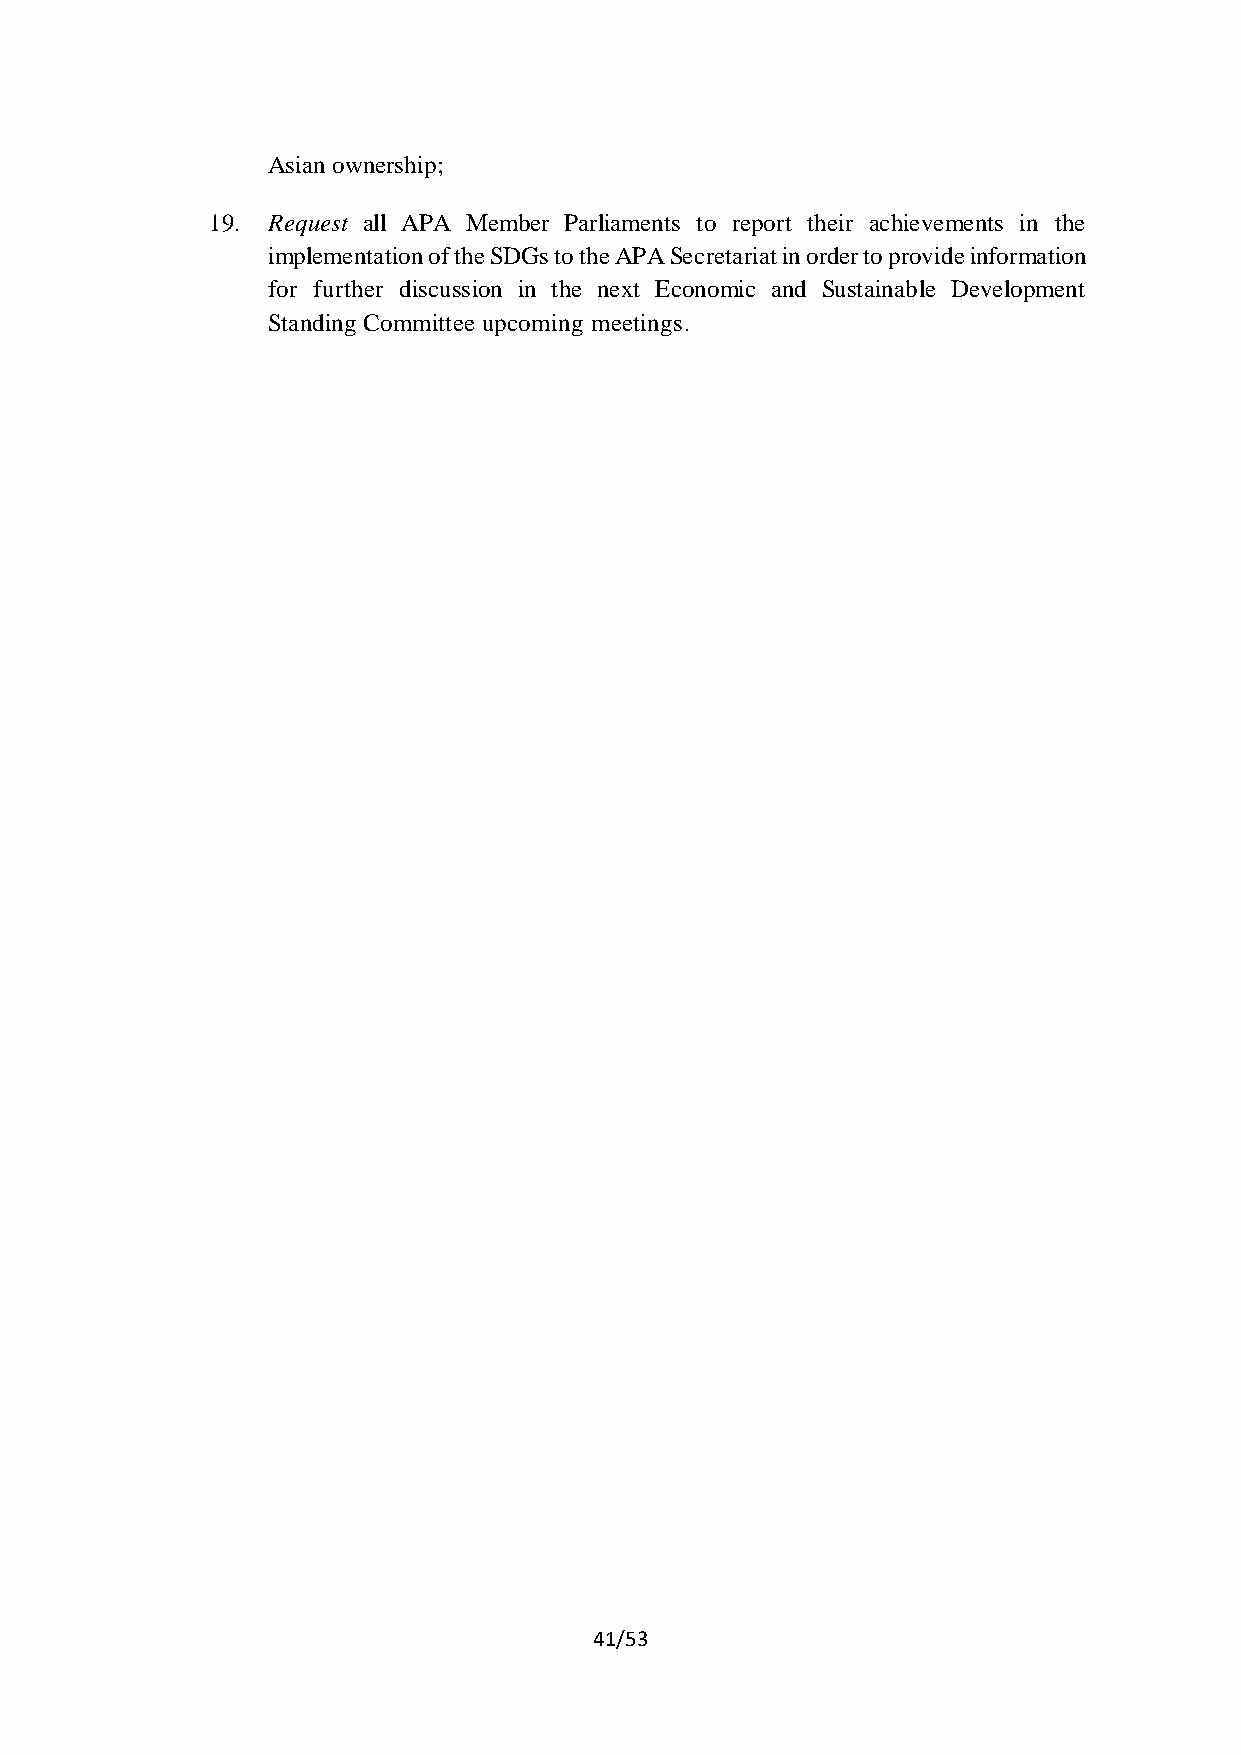
Asian ownership;
 19. Request all APA Member Parliaments to report their achievements in the
 implementation of the SDGs to the APA Secretariat in order to provide information
 for further discussion in the next Economic and Sustainable Development
 Standing Committee upcoming meetings.
 41/53